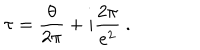
\tau = \frac { \theta } { 2 \pi } + i \frac { 2 \pi } { e ^ { 2 } } \ .